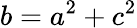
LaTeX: b=a^{2}+c^{2}